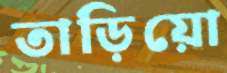
তাড়িয়ো